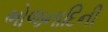
ભોજનાદિની